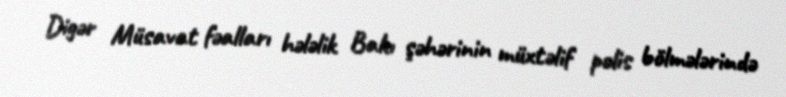
Digər Müsavat fəalları hələlik Bakı şəhərinin müxtəlif polis bölmələrində